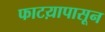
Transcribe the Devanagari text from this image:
फाटय़ापासून